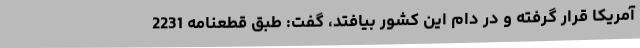
آمریکا قرار گرفته و در دام این کشور بیافتد، گفت: طبق قطعنامه 2231